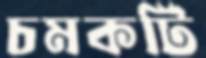
চমকটি